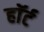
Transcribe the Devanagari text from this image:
हाॅर्ट